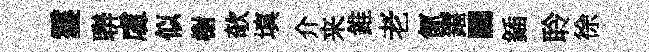
䨥聨䖏似榭欹填介来錐老氤鐺闊鍤聆徐